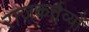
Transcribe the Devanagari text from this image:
राजकर्तव्यों